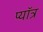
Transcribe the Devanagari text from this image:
प्यॉत्र